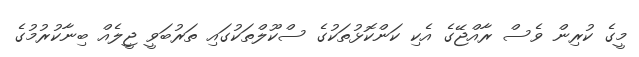
މީގެ ކުރިން ވެސް ރާއްޖޭގެ އެކި ކަންކޮޅުތަކުގެ ސްކޫލްތަކުގައި ތަރުބަވީ ޖީލެއް ބިނާކުރުމުގެ